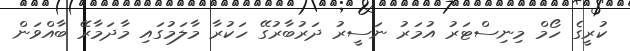
ކުރީގެ ހޯމް މިނިސްޓަރު އުމަރު ނަސީރު ދަރުބާރުގޭ ހަކުރާ މާލަމުގައި މާދަމާރޭ ބާއްވަން